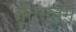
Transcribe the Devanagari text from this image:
सेतुस्तंभ